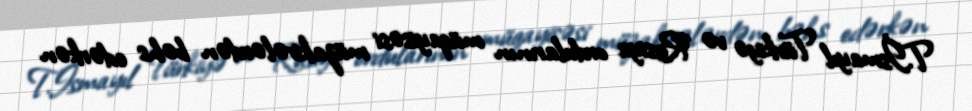
T.İsmayıl Türkiyə və Rusiya ordularının müqayisəsi müzakirələrdən bəhs edərkən